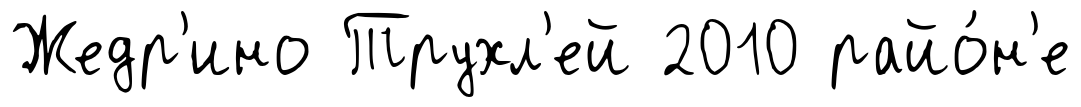
Жедр'ино Трухл'ей 2010 райо́н'е